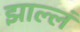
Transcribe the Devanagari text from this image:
झाल्लं